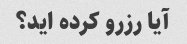
آیا رزرو کرده اید؟